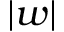
\vert w \vert